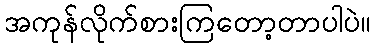
အကုန်လိုက်စားကြတော့တာပါပဲ။